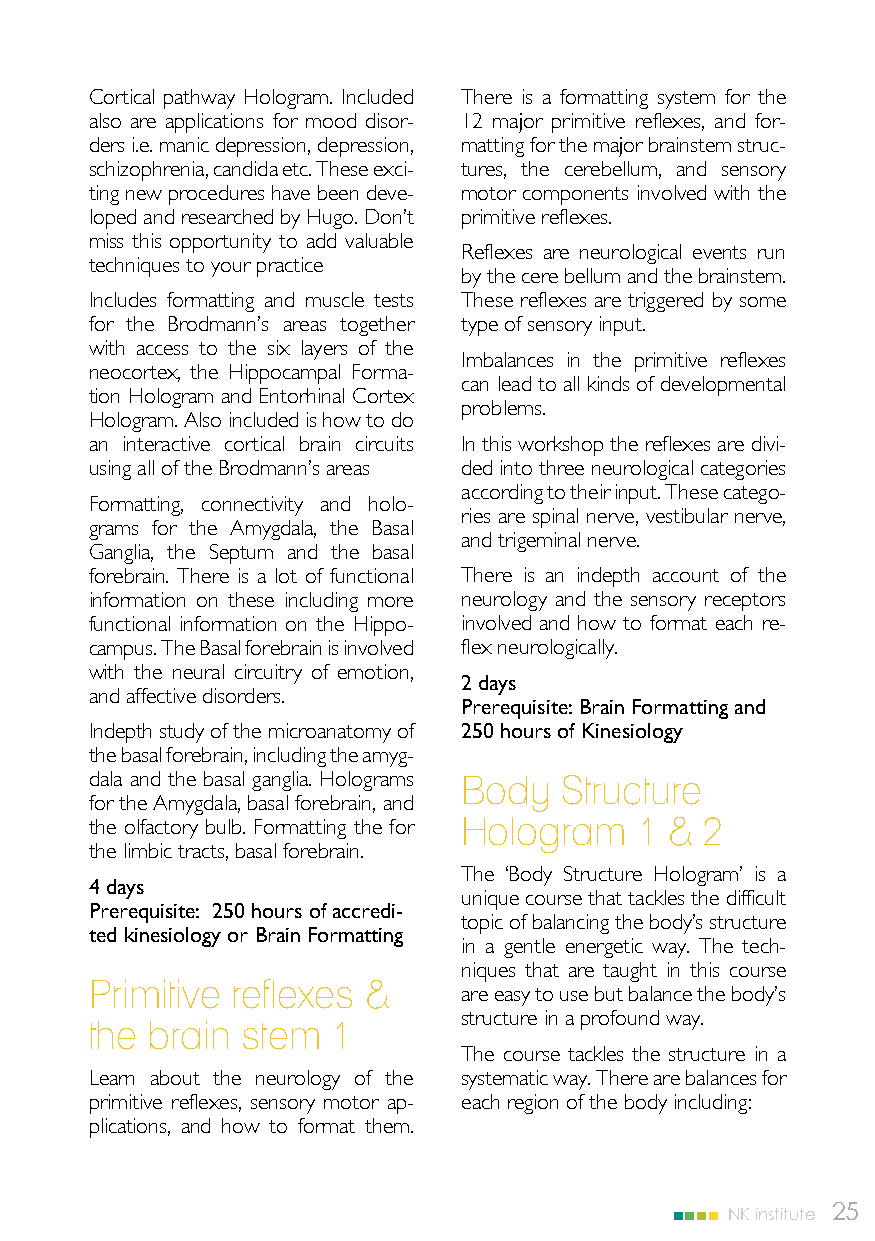
Cortical pathway Hologram. Included There is a formatting system for the
 also are applications for mood disor- 12 major primitive reflexes, and for-
 ders i.e. manic depression, depression, matting for the major brainstem struc-
 schizophrenia, candida etc. These exci- tures, the cerebellum, and sensory
 ting new procedures have been deve- motor components involved with the
 loped and researched by Hugo. Don’t primitive reflexes.
 miss this opportunity to add valuable
 Reflexes are neurological events run
 techniques to your practice
 by the cere bellum and the brainstem.
 Includes formatting and muscle tests These reflexes are triggered by some
 for the Brodmann’s areas together type of sensory input.
 with access to the six layers of the
 Imbalances in the primitive reflexes
 neocortex, the Hippocampal Forma-
 can lead to all kinds of developmental
 tion Hologram and Entorhinal Cortex
 problems.
 Hologram. Also included is how to do
 an interactive cortical brain circuits In this workshop the reflexes are divi-
 using all of the Brodmann’s areas ded into three neurological categories
 according to their input. These catego-
 Formatting, connectivity and holo-
 ries are spinal nerve, vestibular nerve,
 grams for the Amygdala, the Basal
 and trigeminal nerve.
 Ganglia, the Septum and the basal
 forebrain. There is a lot of functional There is an indepth account of the
 information on these including more neurology and the sensory receptors
 functional information on the Hippo- involved and how to format each re-
 campus. The Basal forebrain is involved flex neurologically.
 with the neural circuitry of emotion,
 2 days
 and affective disorders.
 Prerequisite: Brain Formatting and
 Indepth study of the microanatomy of 250 hours of Kinesiology
 the basal forebrain, including the amyg-
 dala and the basal ganglia. Holograms Body Structure
 for the Amygdala, basal forebrain, and
 the olfactory bulb. Formatting the for Hologram 1 & 2
 the limbic tracts, basal forebrain.
 The ‘Body Structure Hologram’ is a
 4 days
 unique course that tackles the difficult
 Prerequisite: 250 hours of accredi-
 topic of balancing the body’s structure
 ted kinesiology or Brain Formatting
 in a gentle energetic way. The tech-
 niques that are taught in this course
 Primitive reflexes &
 are easy to use but balance the body’s
 structure in a profound way.
 the brain stem  1
 The course tackles the structure in a
 Learn about the neurology of the systematic way. There are balances for
 primitive reflexes, sensory motor ap- each region of the body including:
 plications, and how to format them.
 NK institute 25